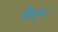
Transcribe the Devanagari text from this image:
छिद्ण